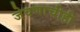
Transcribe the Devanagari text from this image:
जेवणाचीही